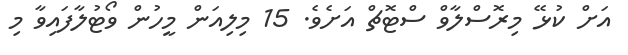
އަށް ކުޅޭ މިރޮސްލާވް ސްޓޮޗް އަށެވެ. 15 މިލިއަން މީހުން ވޯޓުލާފައިވާ މި